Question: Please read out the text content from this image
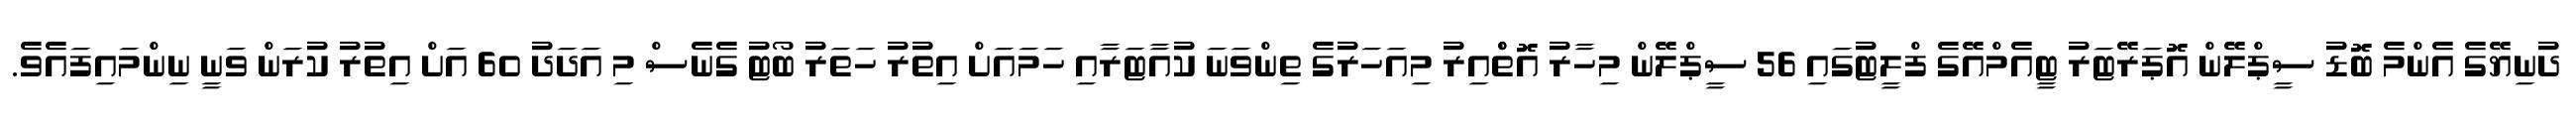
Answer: ދުނިޔޭގެ އެންމެ ބޮޑު ސީޕްލޭން އޮޕަރޭޓަރު ޓީއެމްއޭގެ ފްލީޓުގައި 56 ސީޕްލޭން މިހާރު އޮތްްއިރު މިއަހަރުގެ ތިންވަނަ ކުއާޓަރާއި ހަމައަށް އިތުރު ހަތަރު ބޯޓު ގެނެސް މި އަދަދު 60 އަށް އިތުރު ކުރަން ވަނީ ނިންމައިފައެވެ.